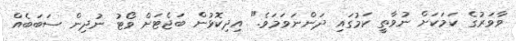
ވާވަރުގެ ކަމަކަށް ނުވާތީ ކަމުގައި ދަންނަވަމަވެ." އިދިކޮޅުން ބަޖެޓަށް ވޯޓު ނުދިން ސަބަބެއް